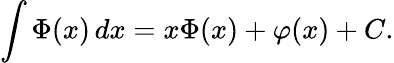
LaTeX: \int\Phi(x)\, dx=x\Phi(x)+\varphi(x)+C.